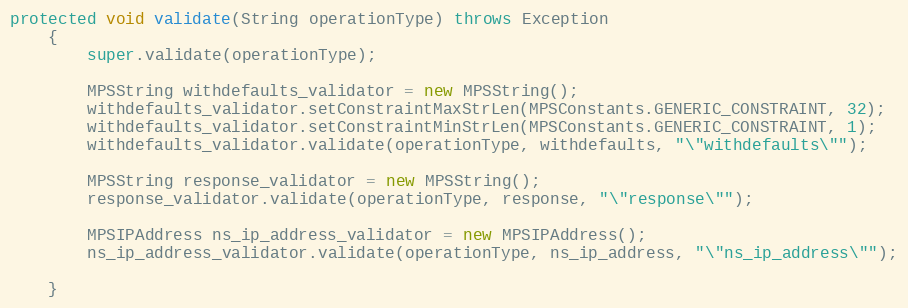
Language: Java
protected void validate(String operationType) throws Exception
	{
		super.validate(operationType);

		MPSString withdefaults_validator = new MPSString();
		withdefaults_validator.setConstraintMaxStrLen(MPSConstants.GENERIC_CONSTRAINT, 32);
		withdefaults_validator.setConstraintMinStrLen(MPSConstants.GENERIC_CONSTRAINT, 1);
		withdefaults_validator.validate(operationType, withdefaults, "\"withdefaults\"");

		MPSString response_validator = new MPSString();
		response_validator.validate(operationType, response, "\"response\"");

		MPSIPAddress ns_ip_address_validator = new MPSIPAddress();
		ns_ip_address_validator.validate(operationType, ns_ip_address, "\"ns_ip_address\"");

	}